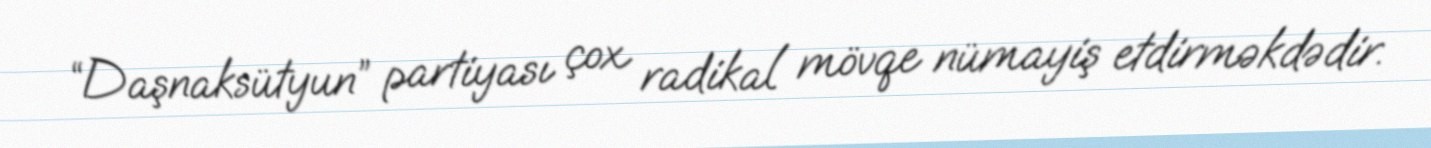
“Daşnaksütyun” partiyası çox radikal mövqe nümayiş etdirməkdədir.